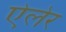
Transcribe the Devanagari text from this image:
ऐलेर